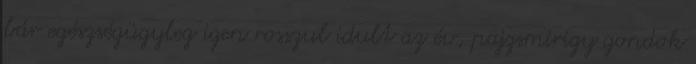
bár egészségügyleg igen rosszul idult az év, pajzsmirigy gondok